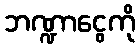
ဘဏ္ဍာငွေကို